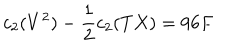
c _ { 2 } ( V ^ { 2 } ) - \frac { 1 } { 2 } c _ { 2 } ( T X ) = 9 6 F